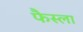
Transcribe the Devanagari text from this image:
फैस्ला